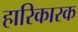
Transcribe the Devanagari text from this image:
हारिकारक